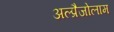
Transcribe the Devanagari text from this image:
अल्प्रैजोलाम